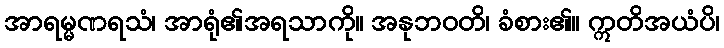
အာရမ္မဏရသံ၊ အာရုံ၏အရသာကို။ အနုဘဝတိ၊ ခံစား၏။ ဣတိအယံပိ၊